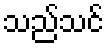
သည်သင်